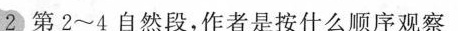
②第2~4自然段，作者是按什么顺序观察